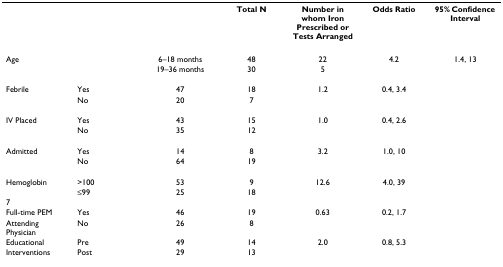
|  |  | Total N | Number in whom Iron Prescribed or Tests Arranged | Odds Ratio | 95% Confidence Interval |
 | --- | --- | --- | --- | --- | --- |
 | Age | 6–18 months | 48 | 22 | 4.2 | 1.4, 13 |
 |  | 19–36 months | 30 | 5 |  |  |
 | Febrile | Yes | 47 | 18 | 1.2 | 0.4, 3.4 |
 |  | No | 20 | 7 |  |  |
 | IV Placed | Yes | 43 | 15 | 1.0 | 0.4, 2.6 |
 |  | No | 35 | 12 |  |  |
 | Admitted | Yes | 14 | 8 | 3.2 | 1.0, 10 |
 |  | No | 64 | 19 |  |  |
 | Hemoglobin | >100 | 53 | 9 | 12.6 | 4.0, 39 |
 |  | ≤99 | 25 | 18 |  |  |
 | <COLSPAN=7> 7 |
 | Full-time PEM | Yes | 46 | 19 | 0.63 | 0.2, 1.7 |
 | Attending Physician | No | 26 | 8 |  |  |
 | Educational | Pre | 49 | 14 | 2.0 | 0.8, 5.3 |
 | Interventions | Post | 29 | 13 |  |  |